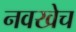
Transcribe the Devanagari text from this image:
नवखेच